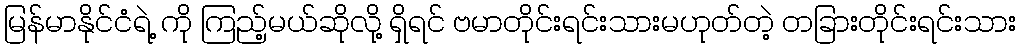
မြန်မာနိုင်ငံရဲ့ ကို ကြည့်မယ်ဆိုလို့ ရှိရင် ဗမာတိုင်းရင်းသားမဟုတ်တဲ့ တခြားတိုင်းရင်းသား